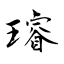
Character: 璿